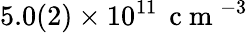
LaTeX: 5.0(2)\times 10^{11}\, \mathrm{~c~m~}^{-3}